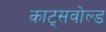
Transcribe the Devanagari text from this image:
काट्सवोल्ड